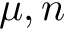
\mu , n